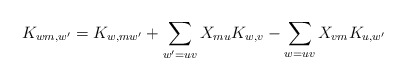
\begin{align*}K_{wm,w'} = K_{w,mw'}+ \sum_{w'=uv}X_{mu}K_{w,v}- \sum_{w=uv} X_{vm}K_{u,w'}\end{align*}